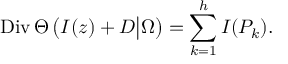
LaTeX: \mathrm { D i v } \, \Theta \left( I ( z ) + { \cal D } \big | \Omega \right) = \sum _ { k = 1 } ^ { h } I ( P _ { k } ) .